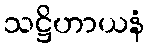
သဋ္ဌိဟာယနံ